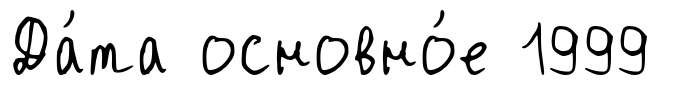
Да́та основно́е 1999